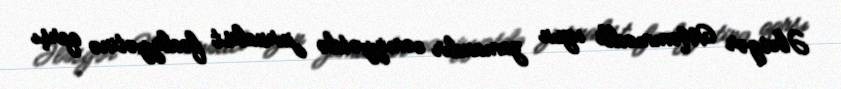
Ələsgər Məmmədli uzun zamandır cəmiyyətdə jurnalist fəaliyyətinə qarşı